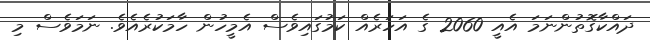
ދައްކާގޮތުންނަމަ އެއީ 2060 ގެ އަހަރެއް ކަމުގައިވެސް އެމީހުން ހާމަކުރެއެވެ. ނަމަވެސް މި